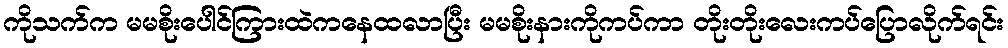
ကိုသက်က မမစိုးပေါင်ကြားထဲကနေထလာပြီး မမစိုးနားကိုကပ်ကာ တိုးတိုးလေးကပ်ပြောလိုက်ရင်း